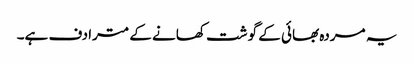
یہ مردہ بھائی کے گوشت کھانے کے مترادف ہے۔